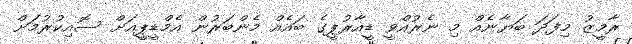
ރާމީޒު މިފަދަ ބަޔާނެއް މި ނެރުއްވީ ޑީއާރުޕީގެ ބައެއް މެންބަރުން އެމްޑީޕީއަށް ސޮއިކުރުމަށް